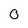
Character: O